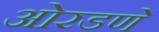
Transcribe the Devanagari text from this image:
ओरडणें